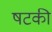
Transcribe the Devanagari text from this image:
षटकी